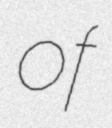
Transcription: of